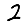
Digit: 2